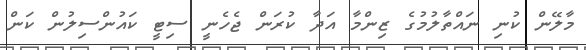
މާލޭން ކުނި ނައްތާލުމުގެ ޒިންމާ އަދާ ކުރަން ޖެހެނީ ސިޓީ ކައުންސިލުން ކަން